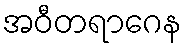
အဝီတရာဂေန